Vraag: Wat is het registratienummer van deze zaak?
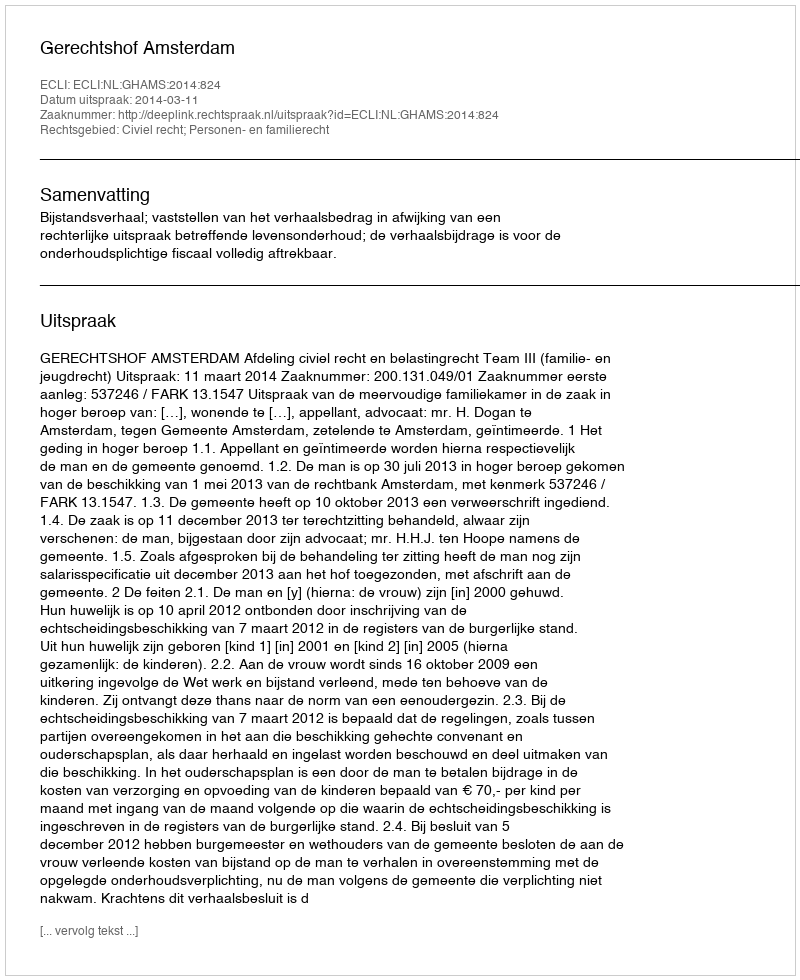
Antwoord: http://deeplink.rechtspraak.nl/uitspraak?id=ECLI:NL:GHAMS:2014:824